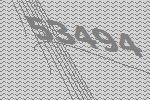
53494